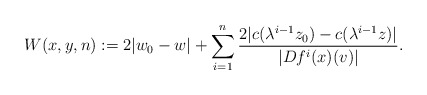
\begin{align*}W(x,y,n):=2|w_0-w|+\sum_{i=1}^{n}\frac{2|c(\lambda^{i-1}z_0)-c(\lambda^{i-1}z)|}{|Df^i(x)(v)|}.\end{align*}